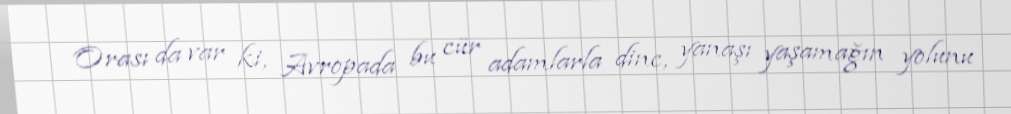
Orası da var ki, Avropada bu cür adamlarla dinc, yanaşı yaşamağın yolunu